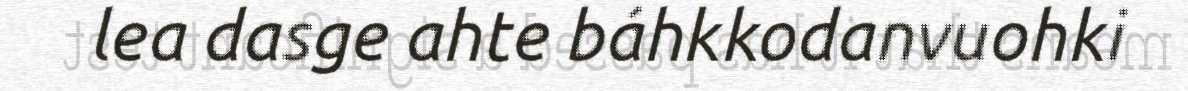
lea dasge ahte báhkkodanvuohki